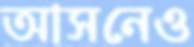
আসনেও